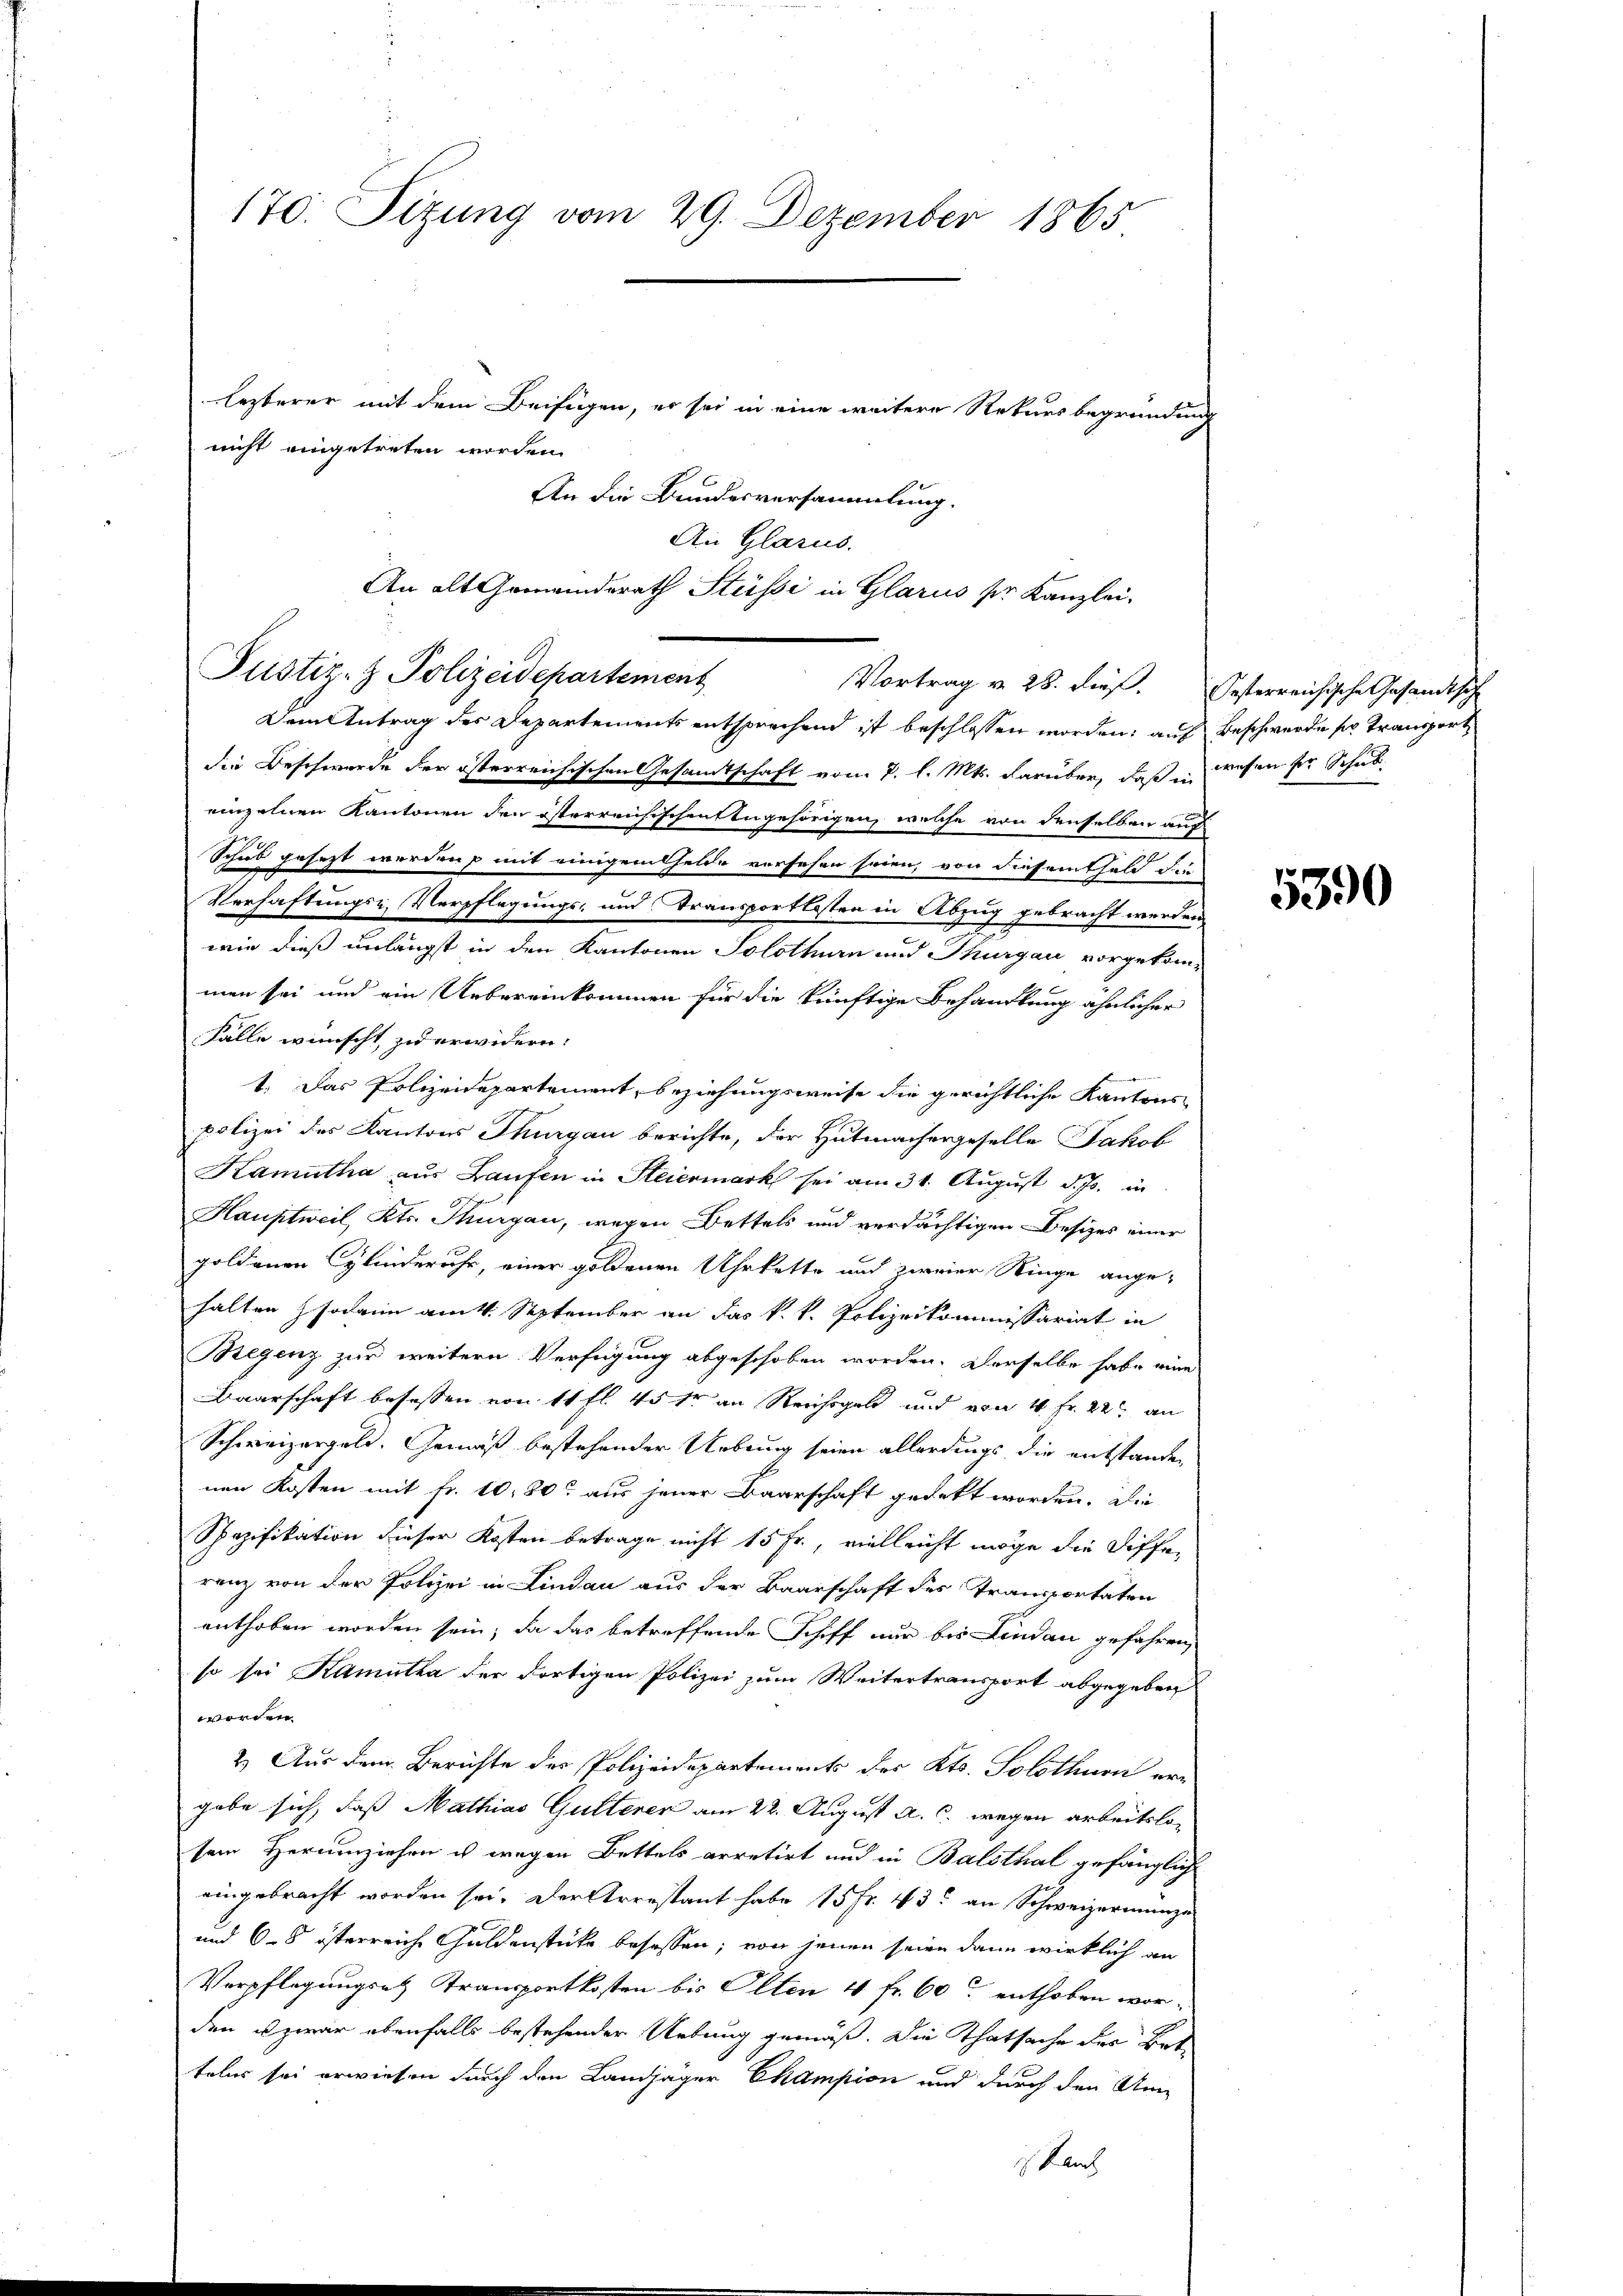
170. Sizung vom 29. Dezember 1865

lezterer mit dem Beifügen, er sei in eine weitere Rekursbegründung
nicht eingetreten worden.
An die Bundesversammlung.
An Glarus.
An alt Gemeinderath Stüssi in Glarus sr. Kanzlei-
Dem Antrag des Departements entsprechend ist beschlossen worden; auf Beschwerde so transport
die Beschwerde der österreichischen Gesandtschaft vom 2. l. Mts. darüber, daß in wesen der Schuleinzelnen Kantonen den österreichischen Angehörigen, welche von denselben auf
Schub gesetzt werden, mit einigentheide versehen seien, von diesenthalt die
Verhaftungsz. Verpflegungs- und Transportkosten in Abzug gebracht werden,
wie dieß unlängst in den Kantonen Solothurn und Thurgau vorgekom-
men sei und ein Uebereinkommen für die künftige Behandlung ähnlicher
Fälle wünscht zu erwidern.
1. Das Polizeidepartement, beziehungsweise die gerichtliche Kantons
polizei des Kantons Thurgau berichte, der Hutmachergeselle Jakob
Kamutha aus Laufen in Heiermark sei am 31. August d. Js. in
Hauptweil, Kts. Thurgau, wegen Bettels und verdächtigen Besizes einer
goldenen Cylinderuhr, einer goldenen Uhrkette und zweier Ringe ange-
halten sodann am 4. September an das k. k. Polizeikommissariat in
Regenz zur weitern Verfügung abgeschoben worden. Derselbe habe eine
Baarschaft besassen von 11 fl. 45 fr an Reichsgeld und von 4 Fr. 22 an
Schweizergeld. Gemäß bestehender Uebring seien allerdings die entstanden
nen Kosten mit fr. 10, 80 aus jener Baarschaft gedekt worden. Die
Spezifikation dieser Kosten betrage nicht 15 Fr., vielleicht möge die Differenz von der Polizei in Lindau aus der Baarschaft des Transportaten
enthoben worden sein, da das betreffende Schiff nur bis Lindau gefahren,
so sei Kamutha der dortigen Polizei zum Weitertransport abgegeben
worden.
2.) Aus dem Berichte des Polizeidepartements des Kts. Solothurn er-
gabe sich, daß Mathias Gutterer am 22. August a. c. wegen arbeitslo-
sem Herumziehen u wegen Bettels arretirt und in Balsthal gefänglich
eingebracht worden sei. Der Arrestant habe 15 Fr. 43 an Schweizermange
und 6–8 österreiche Guldenstücke besassen; von jenen seien dann wirklich an
Verpflegungsetz Transportkosten bis Olten 4 fr. 60 enthoben worden u zwar ebenfalls bestehender Uebung gemäß. Die Thatsache des Bet
tales sei erwiesen durch den Landjäger Champion und durch den An
 Kanz

Justiz- & Polizeidepartement

Vortrag v. 28. dieß. Oesterreichische Gesandtsche

5390